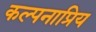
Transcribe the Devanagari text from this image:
कल्पनाप्रिय